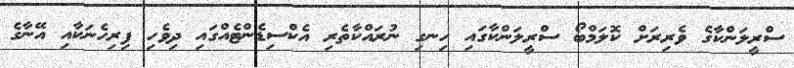
ސްރީލަންކާގެ ވެރިރަށް ކޮލަމްބޯ ސްރީލަންކާގައި ހިނގި ނުރައްކާތެރި އެކްސިޑެންޓެއްގައި ދިވެހި ފިރިހެނަކާއި އޭނާގެ